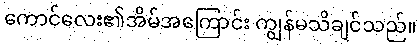
ကောင်လေး၏အိမ်အကြောင်း ကျွန်မသိချင်သည်။